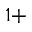
1 +